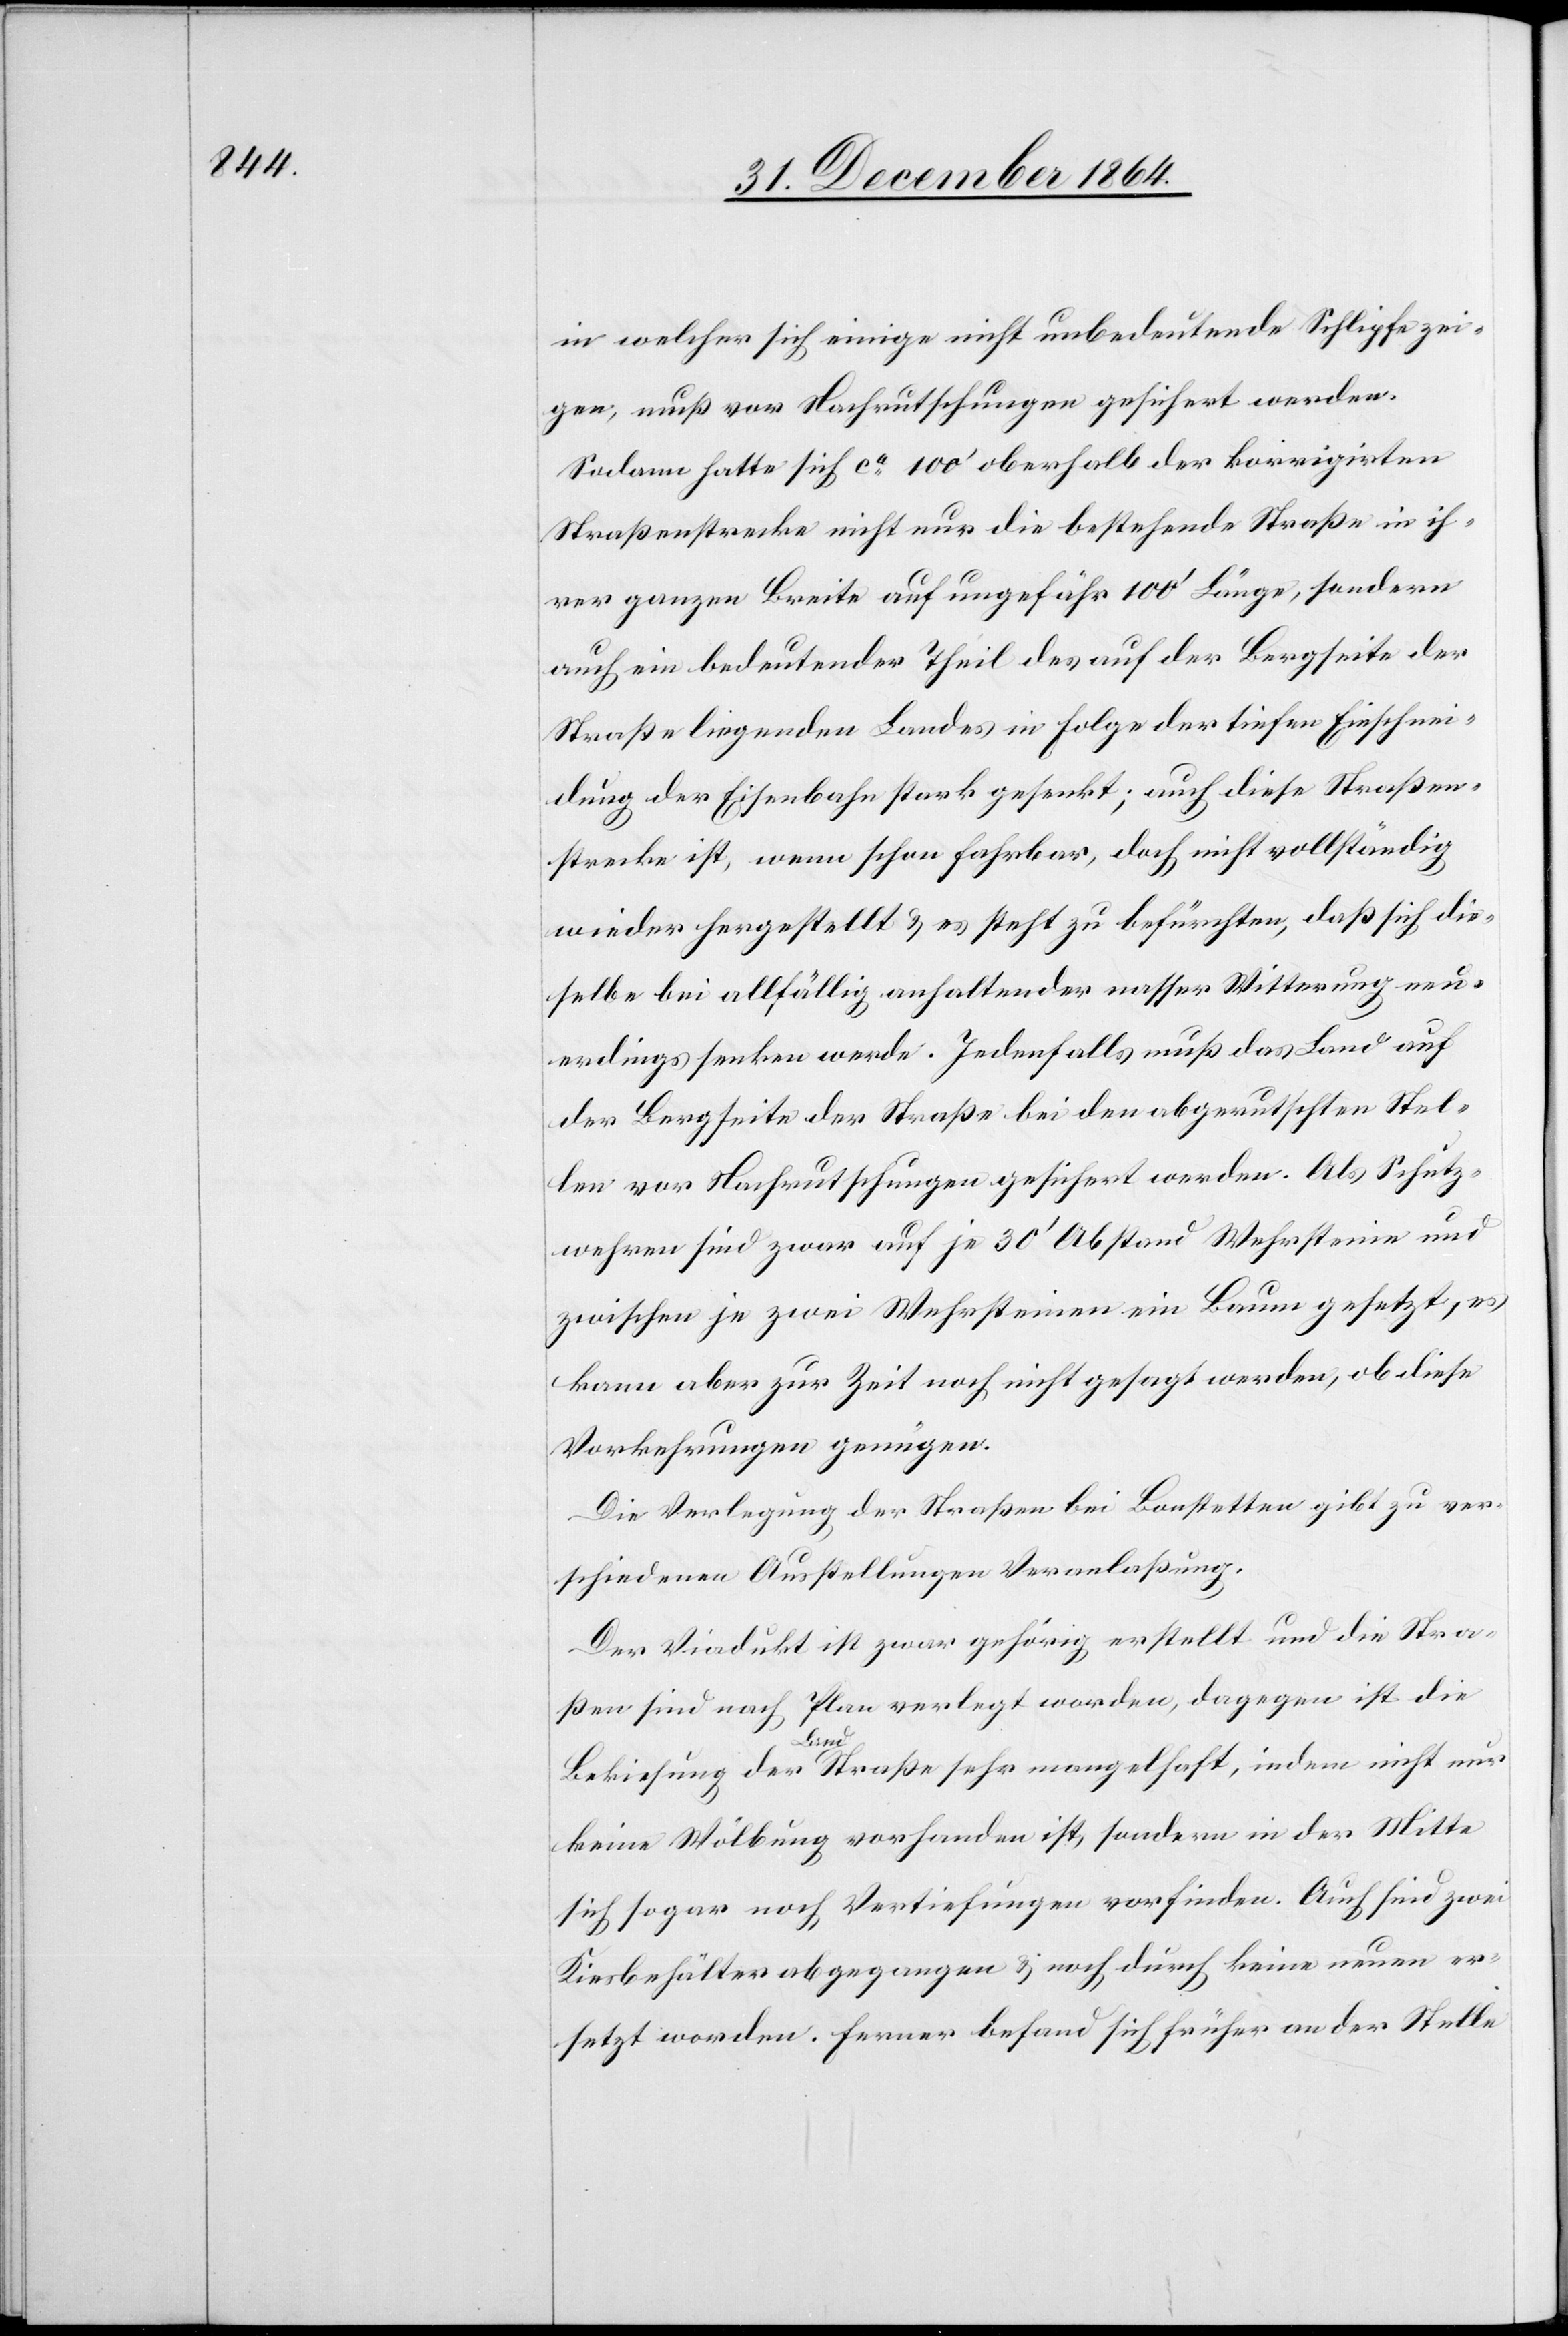
in welcher sich einige nicht unbedeutende Schlipfe zei¬
gen, muss vor Nachrutschungen gesichert werden.
Sodann hatte sich ca 100’ oberhalb der korrigirten
Straßenstrecke nicht nur die bestehende Straße in ih¬
rer ganzen Breite auf ungefähr 100’ Länge, sondern
auch ein bedeutender Theil des auf der Bergseite der
Straße liegenden Landes in Folge der tiefen Einschnei¬
dung der Eisenbahn stark gesenkt; auch diese Straßen¬
strecke ist, wenn schon fahrbar, doch nicht vollständig
wieder hergestellt & es steht zu befürchten, daß sich die¬
selbe bei allfällig anhaltender nasser Witterung neu¬
erdings senken werden. Jedenfalls muß das Land auf
der Bergseite der Straße bei den abgerutschten Stel¬
len vor Nachrutschungen gesichert werden. Als Schutz¬
wehren sind zwar auf je 30’ Abstand Wehrsteine und
zwischen je zwei Wehrsteinen ein Baum gesetzt, es
kann aber zur Zeit noch nicht gesagt werden, ob diese
Vorkehrungen genügen.
Die Verlegung der Straßen bei Bonstetten gibt zu ver¬
schiedenen Ausstellungen Veranlaßung:
Der Viadukt ist zwar gehörig erstellt und die Stra¬
ßen sind nach Plan verlegt worden, dagegen ist die
nicht
keine Wölbung vorhanden ist, sondern in der Mitte
sich sogar noch Vertiefungen vorfinden. Auch sind zwei
Kiesbehälter abgegangen & noch durch keine neuen er¬
setzt worden. Ferner befand sich früher an der Stelle